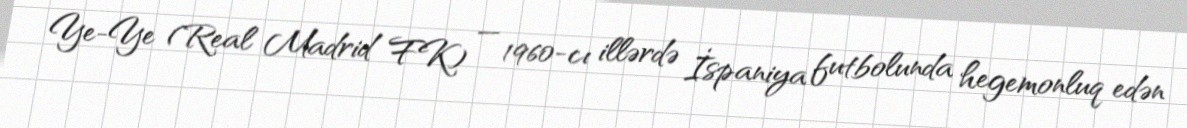
Ye-Ye (Real Madrid FK) — 1960-cı illərdə İspaniya futbolunda hegemonluq edən